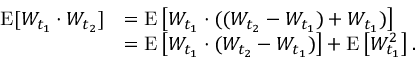
{ \begin{array} { r l } { \operatorname { E } [ W _ { t _ { 1 } } \cdot W _ { t _ { 2 } } ] } & { = \operatorname { E } \left[ W _ { t _ { 1 } } \cdot ( ( W _ { t _ { 2 } } - W _ { t _ { 1 } } ) + W _ { t _ { 1 } } ) \right] } \\ & { = \operatorname { E } \left[ W _ { t _ { 1 } } \cdot ( W _ { t _ { 2 } } - W _ { t _ { 1 } } ) \right] + \operatorname { E } \left[ W _ { t _ { 1 } } ^ { 2 } \right] . } \end{array} }